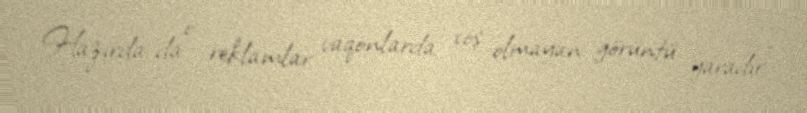
Hazırda da o reklamlar vaqonlarda xoş olmayan görüntü yaradır”.